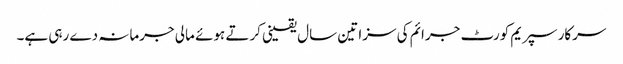
سرکار سپریم کورٹ جرائم کی سزا تین سال یقینی کرتے ہوئے مالی جرمانہ دے رہی ہے۔